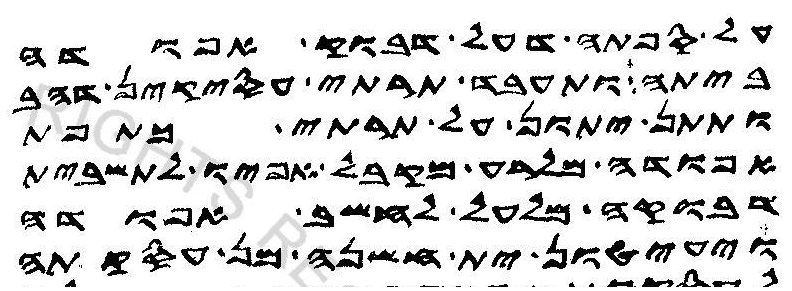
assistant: על ספתה דעל דבוק אפודה
ביתה ותעבד תרתי עסקין דהב
ותתן יתון על תרתי כתפת
אפודה מלרע מקבל אפיו לתשבית
דבוקה מלעל לחשב אפודה
ויעיטון ית חשנה מן עסקתה